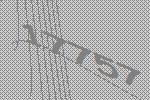
17757